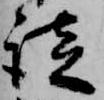
談